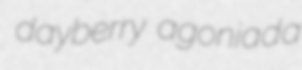
dayberry agoniada